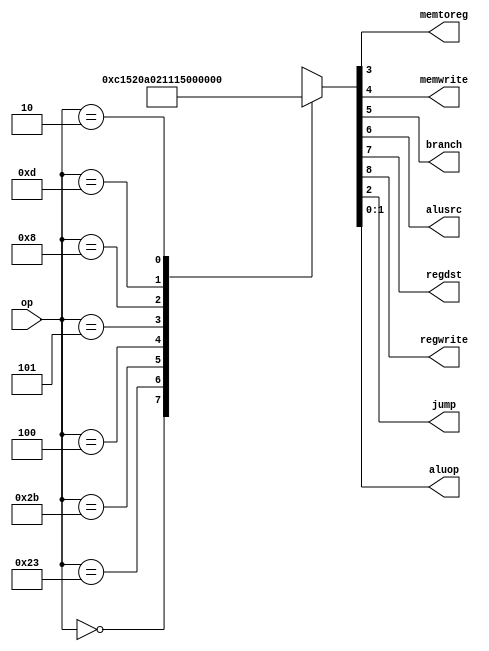

module maindec(input  [5:0] op,
               output       memtoreg, memwrite,
               output       branch, alusrc,
               output       regdst, regwrite,
               output       jump,
               output [1:0] aluop);

  reg [8:0] controls;

  assign {regwrite, regdst, alusrc,
          branch, memwrite,
          memtoreg, jump, aluop} = controls;

  always @ (*)
    case(op)
      6'b000000: controls <= 9'b110000010; //Rtype
      6'b100011: controls <= 9'b101001000; //LW
      6'b101011: controls <= 9'b001010000; //SW
      6'b000100: controls <= 9'b000100001; //BEQ
      6'b000101: controls <= 9'b000100010; //BNE
      6'b001000: controls <= 9'b101000000; //ADDI
      6'b001101: controls <= 9'b101000011; //ORI
      6'b000010: controls <= 9'b000000100; //J
      default:   controls <= 9'bxxxxxxxxx; //???
    endcase
endmodule